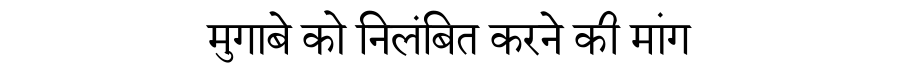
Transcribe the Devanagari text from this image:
मुगाबे को निलंबित करने की मांग